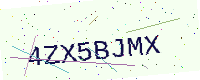
Text: 4ZX5BJMX